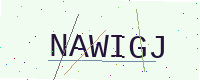
Text: NAWIGJ